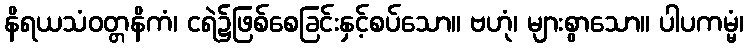
နိရယသံဝတ္တနိကံ၊ ငရဲ၌ဖြစ်စေခြင်းနှင့်စပ်သော။ ဗဟုံ၊ များစွာသော။ ပါပကမ္မံ၊